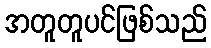
အတူတူပင်ဖြစ်သည်